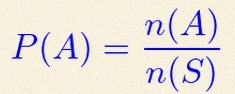
P(A)=\frac{n(A)}{n(S)}